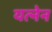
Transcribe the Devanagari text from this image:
यत्नेन